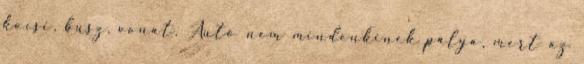
kocsi, busz, vonat. Autó nem mindenkinek pálya, mert az